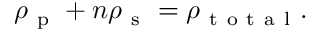
\rho _ { \mathrm { ~ p ~ } } + n \rho _ { \mathrm { ~ s ~ } } = \rho _ { \mathrm { ~ t ~ o ~ t ~ a ~ l ~ } } .